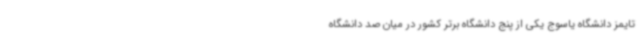
تایمز دانشگاه یاسوج یکی از پنج دانشگاه برتر کشور در میان صد دانشگاه